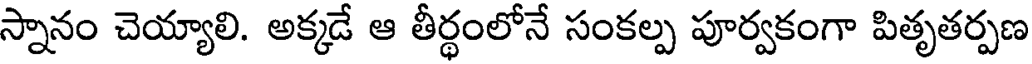
స్నానం చెయ్యాలి. అక్కడే ఆ తీర్థంలోనే సంకల్ప పూర్వకంగా పితృతర్పణ